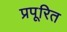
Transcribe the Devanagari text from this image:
प्रपूरित